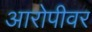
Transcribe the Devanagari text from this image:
आरोपीवर